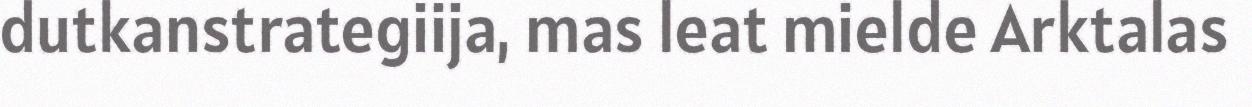
dutkanstrategiija, mas leat mielde Arktalas